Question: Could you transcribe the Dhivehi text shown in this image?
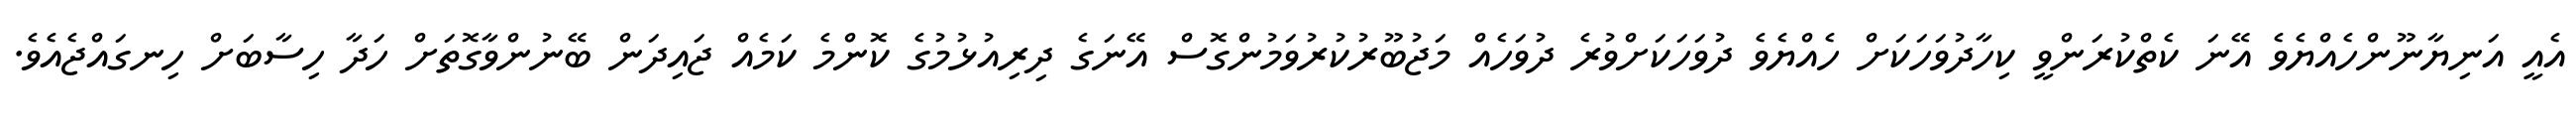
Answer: އެއީ އަނިޔާނޫންހެއްޔެވެ އޭނަ ކެތްކުރަންވީ ކިހާދުވަހަކަށް ހެއްޔެވެ ދުވަހަކަށްވުރެ ދުވަހެއް މަޖުބޫރުކުރުވަމުންގޮސް އޭނަގެ ދިރިއުޅުމުގެ ކޮންމެ ކަމެއް ޖައިދަން ބޭނުންވާގޮތަށް ހަދާ ހިސާބަށް ހިނގައްޖެއެވެ.